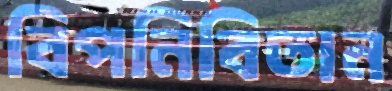
বিপনিবিতান